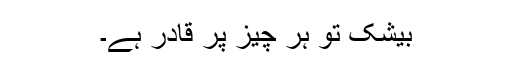
بیشک تو ہر چیز پر قادر ہے۔